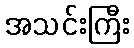
အသင်းကြီး